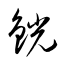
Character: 銧